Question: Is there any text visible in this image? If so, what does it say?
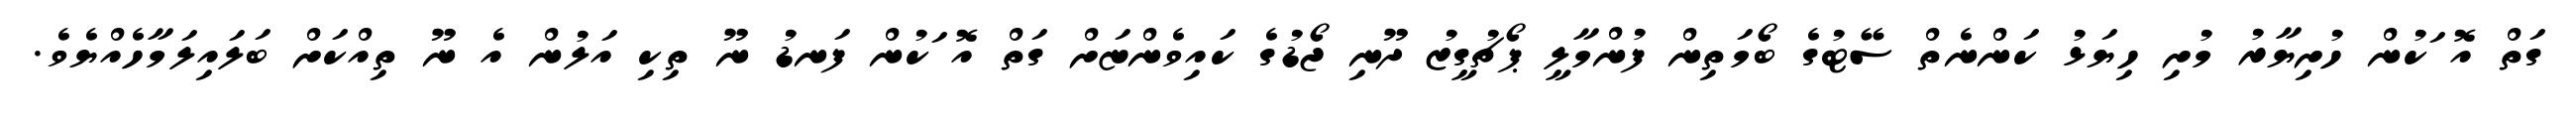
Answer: ގަތް އޮޱަކުން ހުށިޔާރު މުށި ހިޔަޅު ކަންނެތް ސޭޓުގެ ބޯމަތިން ފުންމާލީ ޕޯޗުގީޒު ދޫނި ޖޯޑުގެ ކައިވެންޏަށް ގަތް އޮޱަކުން ފަނޑު ނޫ ތިކި އަލުން އެ ނޫ ތިއްކަށް ބަލައިލަމާހެއްޔެވެ.